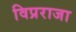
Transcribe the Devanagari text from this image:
विप्रराजा